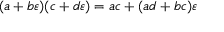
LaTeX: ( a + b \varepsilon ) ( c + d \varepsilon ) = a c + ( a d + b c ) \varepsilon